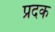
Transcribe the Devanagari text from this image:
प्रदक